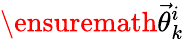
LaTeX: \ensuremath{\vec{\theta}}_{k}^{i}